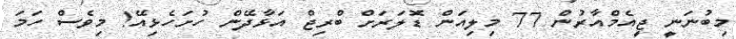
މިބުނަނީ ޖީއެމްއާރުން 77 މިލިއަން ޑޮލަރަށް ބްރިޖް އަޅާދޭން ހުށަހެޅިއޭ! މިވެސް ހަމަ